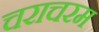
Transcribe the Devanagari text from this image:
चराचरम